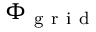
\Phi _ { \mathrm { ~ g ~ r ~ i ~ d ~ } }